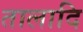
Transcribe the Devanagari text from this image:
तालादि